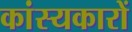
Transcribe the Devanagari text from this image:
कांस्यकारों